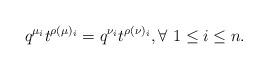
LaTeX: \begin{align*}q^{\mu_i} t^{\rho(\mu)_i} = q^{\nu_i} t^{\rho(\nu)_i},\forall\ 1\leq i \leq n.\end{align*}